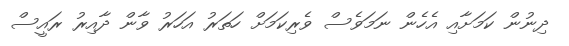
ދިނުން ކަމަށާއި އެހެން ނަމަވެސް ވެރިކަމަށް ހަތަރު އަހަރު ވާން ދާއިރު ރައީސް